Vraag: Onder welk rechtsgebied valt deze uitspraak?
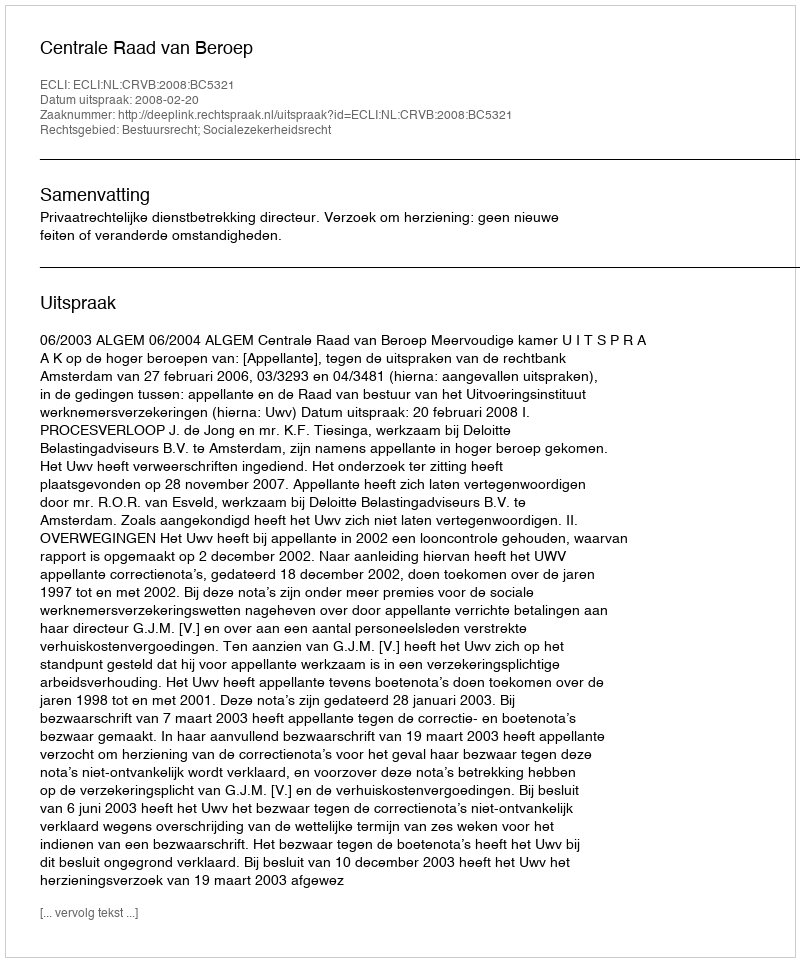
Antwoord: Bestuursrecht; Socialezekerheidsrecht